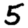
Digit: 5